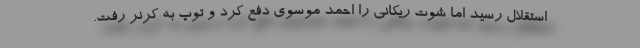
استقلال رسید اما شوت ریکانی را احمد موسوی دفع کرد و توپ به کرنر رفت.